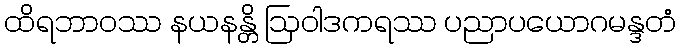
ထိရဘာဝဿ နယနန္တိ ဩဝါဒကရဿ ပညာပယောဂမန္ဒတံ